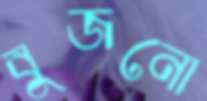
বুজনো